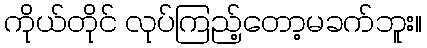
ကိုယ်တိုင် လုပ်ကြည့်တော့မခက်ဘူး။